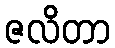
ဇလိတာ